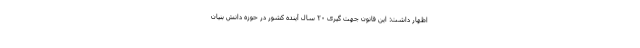
اظهار داشت: این قانون جهت گیری ٢٠ سال آینده کشور در حوزه دانش بنیان